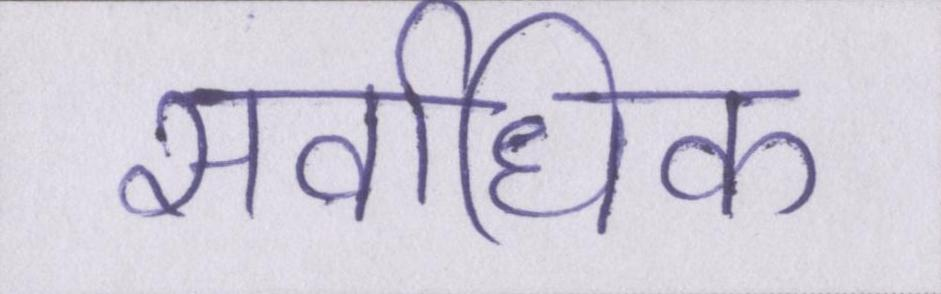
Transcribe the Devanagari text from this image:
सर्वाधिक